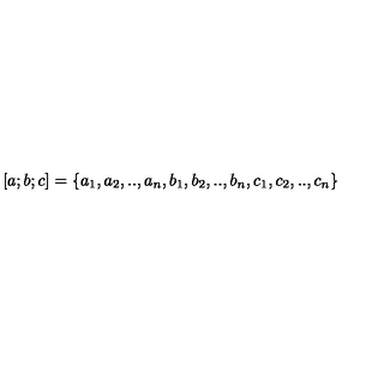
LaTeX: [ a ; b ; c ] = \{ a _ { 1 } , a _ { 2 } , . . , a _ { n } , b _ { 1 } , b _ { 2 } , . . , b _ { n } , c _ { 1 } , c _ { 2 } , . . , c _ { n } \}